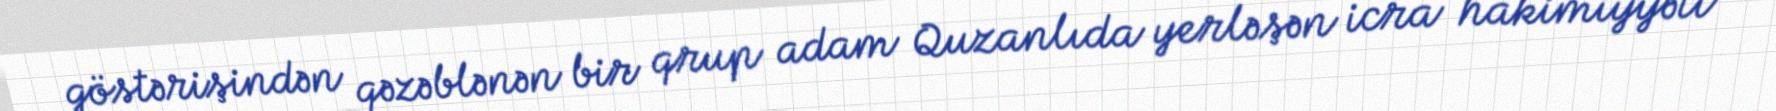
göstərişindən qəzəblənən bir qrup adam Quzanlıda yerləşən icra hakimiyyəti